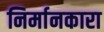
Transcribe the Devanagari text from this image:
निर्मानकारा